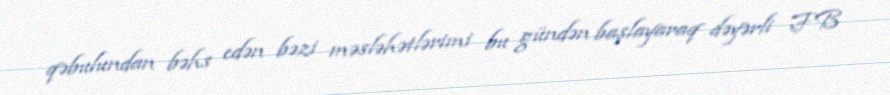
qəbulundan bəhs edən bəzi məsləhətlərimi bu gündən başlayaraq dəyərli FB